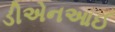
ડીએનઆઈ